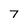
Character: 7